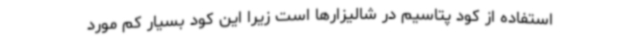
استفاده از کود پتاسیم در شالیزارها است زیرا این کود بسیار کم مورد